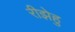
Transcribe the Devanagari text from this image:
रीझेहु